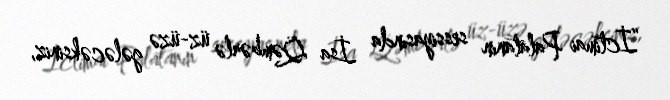
“İctimai Palatanın sessiyasında İsa Qəmbərlə üz-üzə gələcəksiniz,